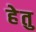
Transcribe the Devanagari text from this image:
हेेतु